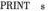
PRLNT &